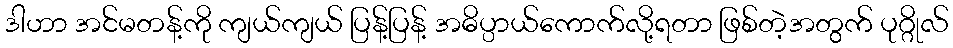
ဒါဟာ အင်မတန့်ကို ကျယ်ကျယ် ပြန့်ပြန့် အဓိပ္ပာယ်ကောက်လို့ရတာ ဖြစ်တဲ့အတွက် ပုဂ္ဂိုလ်